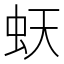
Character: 𧉂